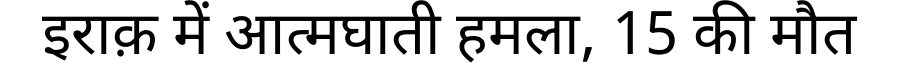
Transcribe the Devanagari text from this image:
इराक़ में आत्मघाती हमला, 15 की मौत